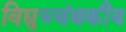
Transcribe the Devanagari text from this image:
विद्युच्चंबकीय